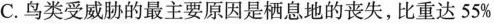
C. 鸟类受威胁的最主要原因是栖息地的丧失，比重达55%